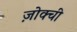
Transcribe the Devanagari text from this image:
ज़ोक्ची